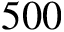
5 0 0